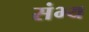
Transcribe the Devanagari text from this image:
संभ्य